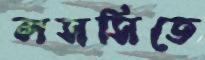
লসসিতে